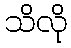
သိလို